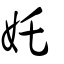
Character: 奼